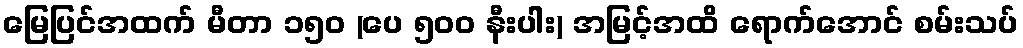
မြေပြင်အထက် မီတာ ၁၅၀ (ပေ ၅၀၀ နီးပါး) အမြင့်အထိ ရောက်အောင် စမ်းသပ်